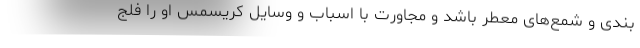
بندی و شمع‌های معطر باشد و مجاورت با اسباب و وسایل کریسمس او را فلج